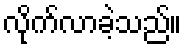
လိုက်လာခဲ့သည်။